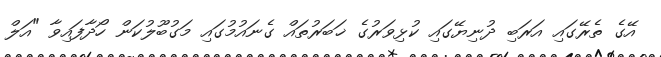
އޭގެ ތެރޭގައި އަރަބި ދުނިޔޭގައި ކުޅިވަރުގެ ޚަބަރުތައް ގެނައުމުގައި މަގުބޫލުކަން ހޯދާފައިވާ "އަލް